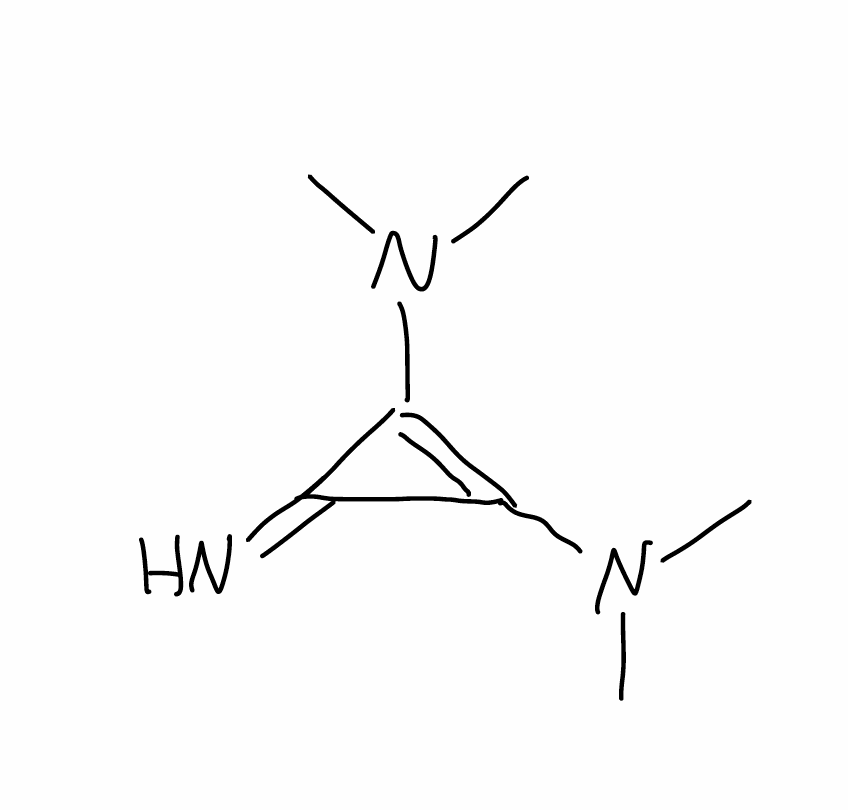
Simplified molecular-input line-entry system (SMILES) notation of the given molecule:
CN(C)C1=C(C1=N)N(C)C